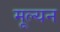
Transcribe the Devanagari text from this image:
मूल्‍यन